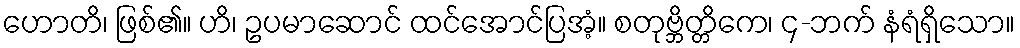
ဟောတိ၊ ဖြစ်၏။ ဟိ၊ ဥပမာဆောင် ထင်အောင်ပြအံ့။ စတုဗ္ဘိတ္တိကေ၊ ၄-ဘက် နံရံရှိသော။